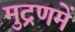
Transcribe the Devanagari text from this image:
मुद्रणमें